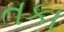
તકા